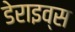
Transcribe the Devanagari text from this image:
डेराइव्स